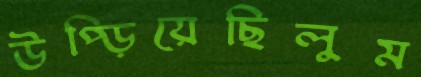
উপ্‌ড়িয়েছিলুম